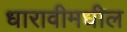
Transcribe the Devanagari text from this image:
धारावीमधील